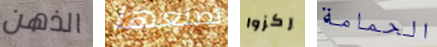
الذهن تصنعها ركزوا الحمامة